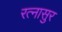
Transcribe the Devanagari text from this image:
रत्नासुर